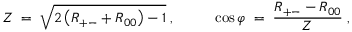
Z \; = \; \sqrt { 2 \left( R _ { + - } + R _ { 0 0 } \right) - 1 } \; , ~ ~ ~ ~ ~ ~ ~ ~ \cos \varphi \; = \; \frac { R _ { + - } - R _ { 0 0 } } { Z } \; ,